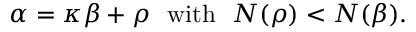
\alpha = \kappa \beta + \rho \ \ { \mathrm { w i t h } } \ \ N ( \rho ) < N ( \beta ) .